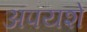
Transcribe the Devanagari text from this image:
अपयशे